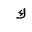
Letter: _kaf